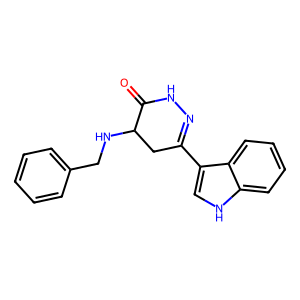
SMILES: O=C1NN=C(c2c[nH]c3ccccc23)CC1NCc1ccccc1
Inhibits HIV replication: No